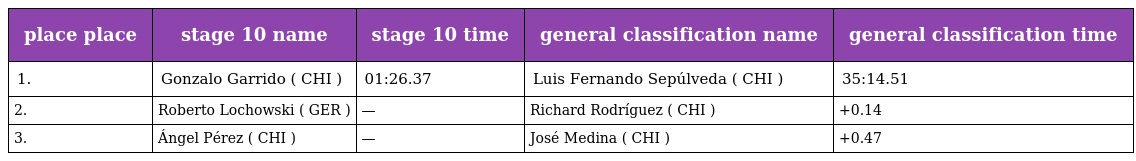
| place place | stage 10 name | stage 10 time | general classification name | general classification time |
 | --- | --- | --- | --- | --- |
 | 1. | Gonzalo Garrido ( CHI ) | 01:26.37 | Luis Fernando Sepúlveda ( CHI ) | 35:14.51 |
 | 2. | Roberto Lochowski ( GER ) | — | Richard Rodríguez ( CHI ) | +0.14 |
 | 3. | Ángel Pérez ( CHI ) | — | José Medina ( CHI ) | +0.47 |